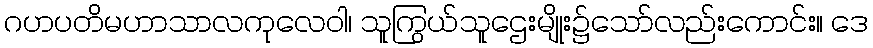
ဂဟပတိမဟာသာလကုလေဝါ၊ သူကြွယ်သူဌေးမျိုး၌သော်လည်းကောင်း။ ဒေ